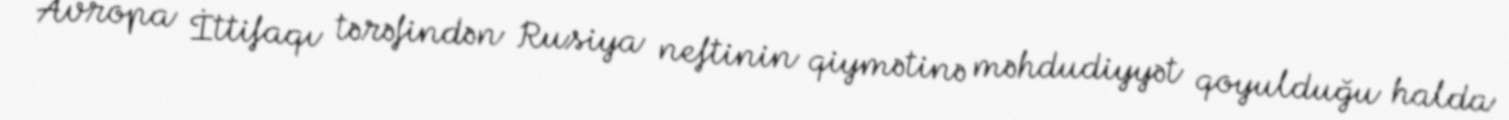
Avropa İttifaqı tərəfindən Rusiya neftinin qiymətinə məhdudiyyət qoyulduğu halda